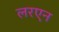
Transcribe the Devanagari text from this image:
लरएन